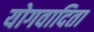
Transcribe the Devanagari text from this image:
योगवादिता